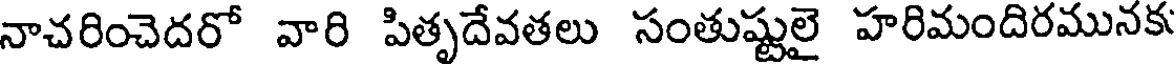
నాచరించెదరో వారి పితృదేవతలు సంతుష్టులై హరిమందిరమునకు